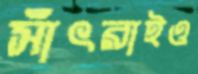
সাঁৎরাইও